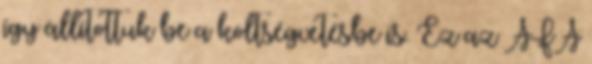
így állítottuk be a költségvetésbe is. Ez az ÁFA